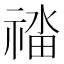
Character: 䄕